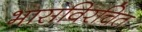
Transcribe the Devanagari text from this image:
भासविरचित